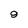
Character: 9